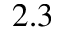
2 . 3